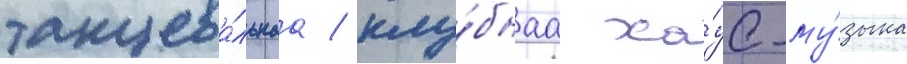
танцева́льнаа / клу́бнаа ха́ус-му́зыка